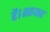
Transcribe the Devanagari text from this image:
है।शायद